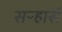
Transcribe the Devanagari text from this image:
सऱ्हार्स